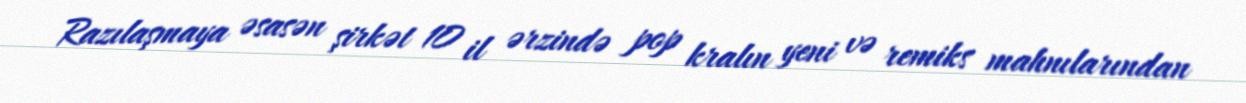
Razılaşmaya əsasən şirkət 10 il ərzində pop kralın yeni və remiks mahnılarından